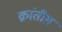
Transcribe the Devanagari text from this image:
क्रांतीस